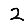
Digit: 2